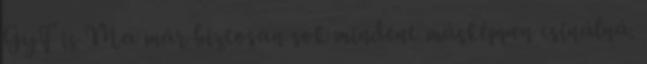
GyF is Ma már biztosan sok mindent másképpen csinálná.